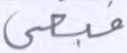
فبغى